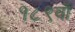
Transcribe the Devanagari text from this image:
१८९वॉ